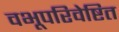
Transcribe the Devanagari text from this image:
वभूपरिवेष्टित